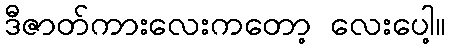
ဒီဇာတ်ကားလေးကတော့ လေးပေါ့။